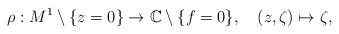
LaTeX: \begin{align*}\rho:M^1\setminus\{z=0\}\to\mathbb{C}\setminus\{f=0\},\quad(z,\zeta)\mapsto\zeta,\end{align*}